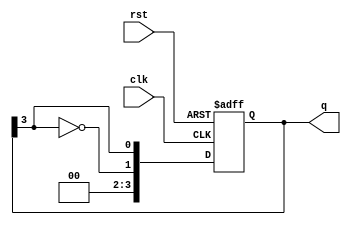
module ring_johnson_counter #(
    parameter n = 4  // Number of flip-flops (bits)
) (
    input wire clk,     // Clock input
    input wire rst,     // Asynchronous reset
    output reg [n-1:0] q // Output state
);

    // Always block triggered on clock edge or reset
    always @(posedge clk or posedge rst) begin
        if (rst) begin
            // Asynchronous reset to known state (all zeros)
            q <= 0;
        end else begin
            // Shift operation with feedback
            q <= {~q[n-1], q[n-1:n-1]}; // Shift with inversion feedback
        end
    end
    
endmodule